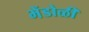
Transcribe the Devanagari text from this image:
भेंडोळी